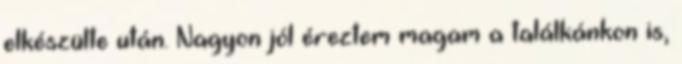
elkészülte után. Nagyon jól éreztem magam a találkánkon is,